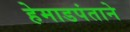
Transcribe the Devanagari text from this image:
हेमाडपंताने